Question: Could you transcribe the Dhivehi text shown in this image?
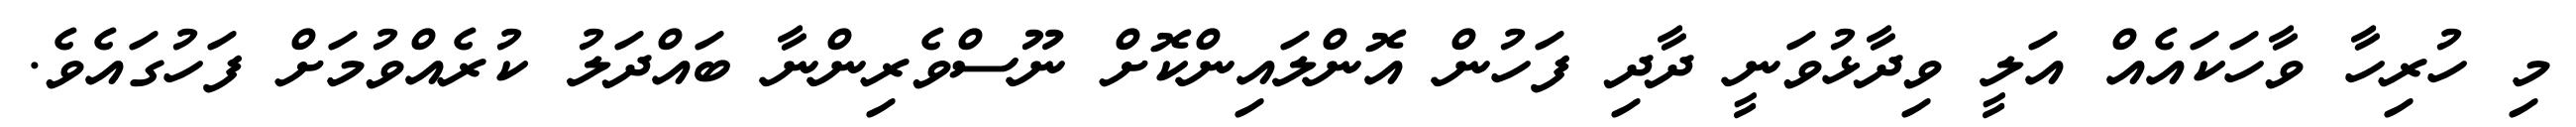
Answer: މި ހުރިހާ ވާހަކައެއް އަލީ ވިދާޅުވަނީ ދާދި ފަހުން އޮންލައިންކޮށް ނޫސްވެރިންނާ ބައްދަލު ކުރެއްވުމަށް ފަހުގައެވެ.